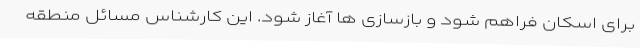
برای اسکان فراهم شود و بازسازی ها آغاز شود. این کارشناس مسائل منطقه